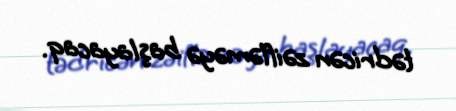
tədricən zəifləməyə başlayacaq.